Annual report on the working of the lock hospitals in the Central Provinces
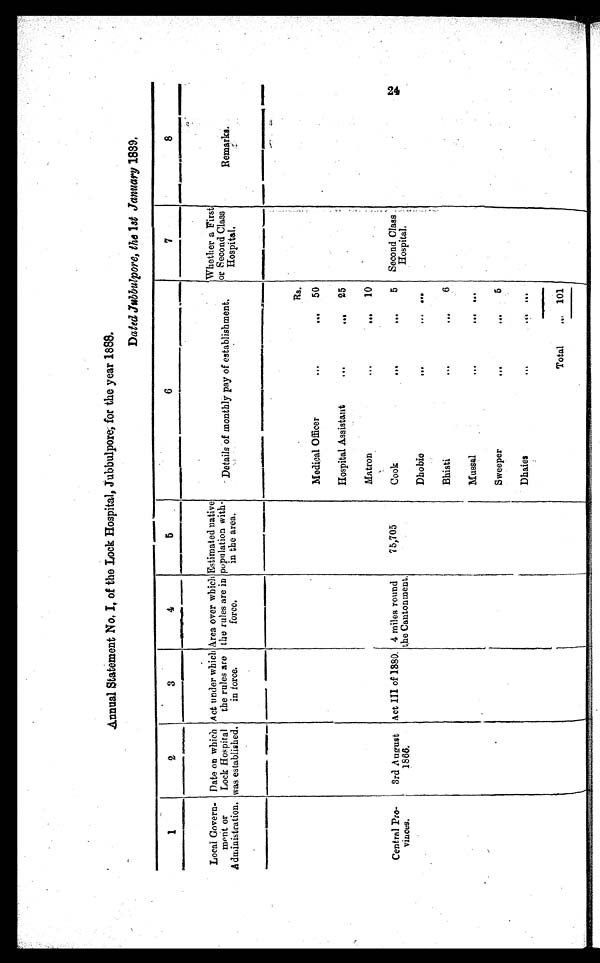
Annual Statement No, I, of the Lock Hospital, Jubbulpore, for the year 1888.
Dated Jubbulpore, the 1st January 1889.
1
2
3
4
5
6
7
8
Local Govern
ment or
Administration.
Date on which
Lock Hospital
was established.
Act under which
the rules are
in force.
Area over which
the rules are in
force.
Estimated native
population with
in the area.
Details of monthly pay of establishment.
Whether a
F i r s t o r S e c o n d
C l a s s H o s p i t a l .
Remarks.
Rs.
Medical Officer
. . . . . . 50
Hospital Assistant
...
. . . 25
Matron
...
. . . 10
Central Pro
vinces.
3rd August
1886.
Act III of 1880. 4 miles round
the Cantonment.
75,705
Cook
...
. . .
5 Second Class
Hospital.
Dhobie
...
. . .
. . .
Bhisti
...
...
6
Mussal
...
. . .
. . .
Sweeper
...
. . .
5
Dhaies
...
. . . . . .
Total
. . . 101